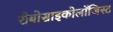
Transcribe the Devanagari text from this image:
रोबोसाइकोलॉजिस्ट